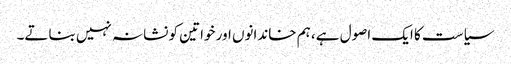
سیاست کا ایک اصول ہے، ہم خاندانوں اور خواتین کو نشانہ نہیں بناتے۔